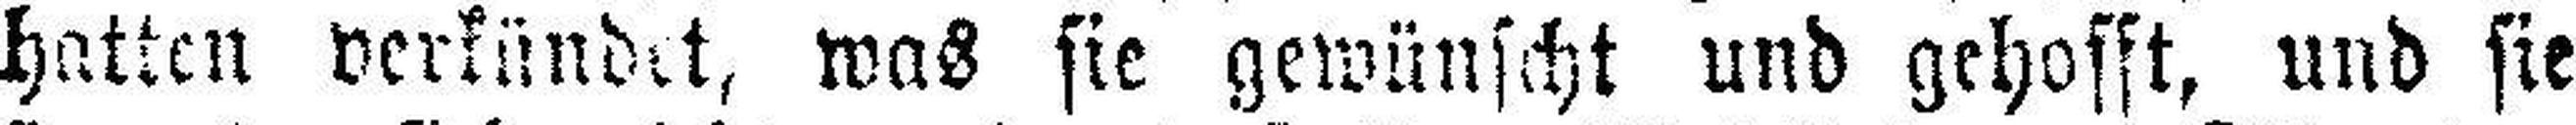
hatten verkündet, was sie gewünscht und gehofft, und sie